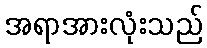
အရာအားလုံးသည်